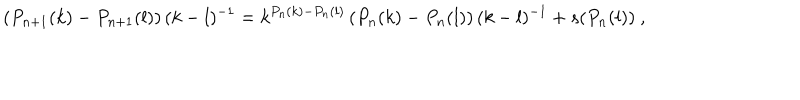
( P _ { n + 1 } ( k ) - P _ { n + 1 } ( l ) ) \, ( k - l ) ^ { - 1 } = k ^ { P _ { n } ( k ) - P _ { n } ( l ) } \, ( P _ { n } ( k ) - P _ { n } ( l ) ) \, ( k - l ) ^ { - 1 } + s ( P _ { n } ( l ) ) \ ,